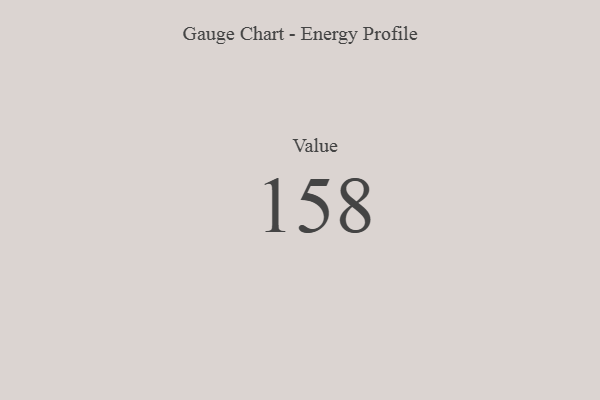
{"axis": {"x": "Metric", "y": "Value"}, "legend": [""], "data": [{"x": "Value", "y": 158, "type": ""}]}